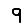
Digit: 9